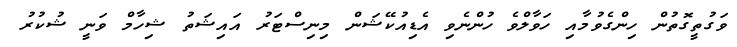
ވަގުތީގޮތުން ހިންގެވުމާއި ހަވާލްވެ ހުންނެވި އެޑިއުކޭޝަން މިނިސްޓަރު އައިޝަތު ޝިހާމް ވަނީ ޝުކުރު